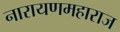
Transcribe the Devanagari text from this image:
नारायणमहाराज